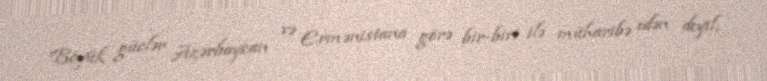
Böyük güclər Azərbaycan və Ermənistana görə bir-biri ilə müharibə edən deyil,